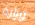
وزارة